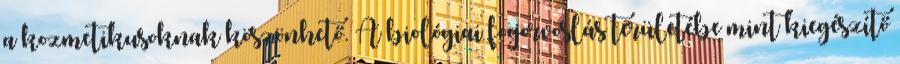
a kozmetikusoknak köszönhető. A biológiai fogorvoslás területébe mint kiegészítő